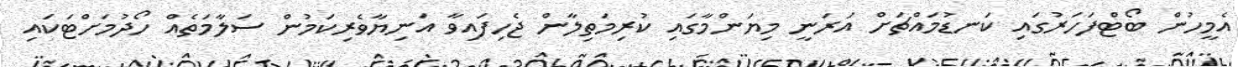
އެމީހުން ބޯޓްފަހަރުގައި ކަނޑުމައްޗަށް އަރަނީ މިޔަންމާގައި ކުރިމަތިލާން ޖެހިފައިވާ އަނިޔާވެރިކަމުން ސަލާމަތެއް ހޯދުމަށްޓަކައި